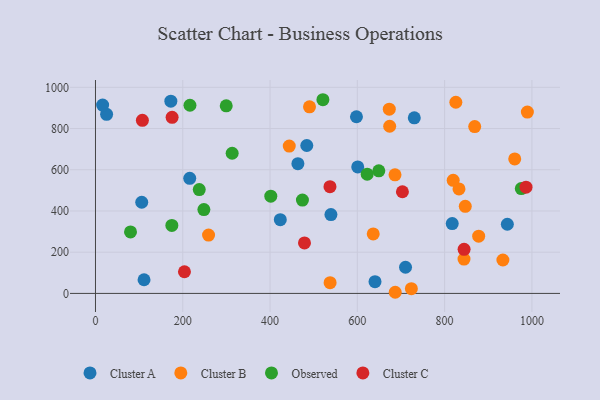
{"axis": {"x": "Distance", "y": "Exam Score"}, "legend": ["Cluster A", "Cluster B", "Cluster C", "Observed"], "data": [{"x": "598.0", "y": 857.0, "type": "Cluster A"}, {"x": "943.7", "y": 335.6, "type": "Cluster A"}, {"x": "25.5", "y": 868.9, "type": "Cluster A"}, {"x": "539.5", "y": 382.7, "type": "Cluster A"}, {"x": "216.0", "y": 558.2, "type": "Cluster A"}, {"x": "16.4", "y": 913.6, "type": "Cluster A"}, {"x": "111.3", "y": 66.3, "type": "Cluster A"}, {"x": "640.5", "y": 56.7, "type": "Cluster A"}, {"x": "106.0", "y": 442.3, "type": "Cluster A"}, {"x": "817.4", "y": 338.6, "type": "Cluster A"}, {"x": "730.5", "y": 851.9, "type": "Cluster A"}, {"x": "172.7", "y": 932.9, "type": "Cluster A"}, {"x": "463.8", "y": 629.5, "type": "Cluster A"}, {"x": "600.9", "y": 613.6, "type": "Cluster A"}, {"x": "484.2", "y": 717.7, "type": "Cluster A"}, {"x": "710.4", "y": 126.9, "type": "Cluster A"}, {"x": "423.5", "y": 357.8, "type": "Cluster A"}, {"x": "825.7", "y": 927.5, "type": "Cluster B"}, {"x": "686.8", "y": 5.5, "type": "Cluster B"}, {"x": "490.4", "y": 905.1, "type": "Cluster B"}, {"x": "844.4", "y": 166.8, "type": "Cluster B"}, {"x": "847.3", "y": 422.7, "type": "Cluster B"}, {"x": "259.1", "y": 283.1, "type": "Cluster B"}, {"x": "960.6", "y": 652.3, "type": "Cluster B"}, {"x": "832.9", "y": 506.9, "type": "Cluster B"}, {"x": "686.3", "y": 575.3, "type": "Cluster B"}, {"x": "636.4", "y": 288.8, "type": "Cluster B"}, {"x": "878.0", "y": 277.5, "type": "Cluster B"}, {"x": "723.8", "y": 23.1, "type": "Cluster B"}, {"x": "674.1", "y": 811.0, "type": "Cluster B"}, {"x": "444.0", "y": 714.9, "type": "Cluster B"}, {"x": "819.6", "y": 548.6, "type": "Cluster B"}, {"x": "933.5", "y": 162.2, "type": "Cluster B"}, {"x": "868.9", "y": 809.3, "type": "Cluster B"}, {"x": "989.6", "y": 879.9, "type": "Cluster B"}, {"x": "537.6", "y": 52.0, "type": "Cluster B"}, {"x": "673.2", "y": 893.9, "type": "Cluster B"}, {"x": "649.2", "y": 594.7, "type": "Observed"}, {"x": "248.4", "y": 406.9, "type": "Observed"}, {"x": "474.2", "y": 452.7, "type": "Observed"}, {"x": "521.1", "y": 939.7, "type": "Observed"}, {"x": "237.8", "y": 503.8, "type": "Observed"}, {"x": "175.0", "y": 329.9, "type": "Observed"}, {"x": "975.7", "y": 508.8, "type": "Observed"}, {"x": "622.6", "y": 578.7, "type": "Observed"}, {"x": "299.6", "y": 910.1, "type": "Observed"}, {"x": "401.7", "y": 471.6, "type": "Observed"}, {"x": "216.5", "y": 913.0, "type": "Observed"}, {"x": "313.2", "y": 680.1, "type": "Observed"}, {"x": "80.3", "y": 298.4, "type": "Observed"}, {"x": "203.9", "y": 105.2, "type": "Cluster C"}, {"x": "986.5", "y": 515.6, "type": "Cluster C"}, {"x": "703.3", "y": 493.1, "type": "Cluster C"}, {"x": "844.6", "y": 214.1, "type": "Cluster C"}, {"x": "107.5", "y": 839.8, "type": "Cluster C"}, {"x": "537.3", "y": 518.0, "type": "Cluster C"}, {"x": "175.6", "y": 854.2, "type": "Cluster C"}, {"x": "478.9", "y": 245.0, "type": "Cluster C"}]}